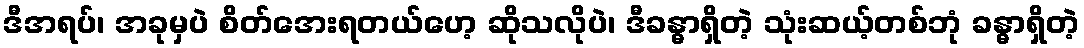
ဒီအရပ်၊ အခုမှပဲ စိတ်အေးရတယ်ဟေ့ ဆိုသလိုပဲ၊ ဒီခန္ဓာရှိတဲ့ သုံးဆယ့်တစ်ဘုံ ခန္ဓာရှိတဲ့